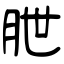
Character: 朑